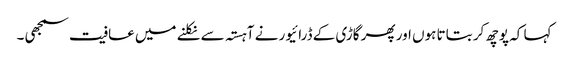
کہا کہ پوچھ کر بتاتا ہوں اور پھر گاڑی کے ڈرائیور نے آہستہ سے نکلنے میں عافیت سمجھی ۔